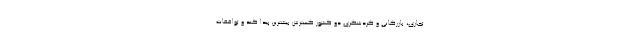
تجاری، بازرگانی و گردشگری دو کشور گسترش بیشترین پیدا کند و توافقات